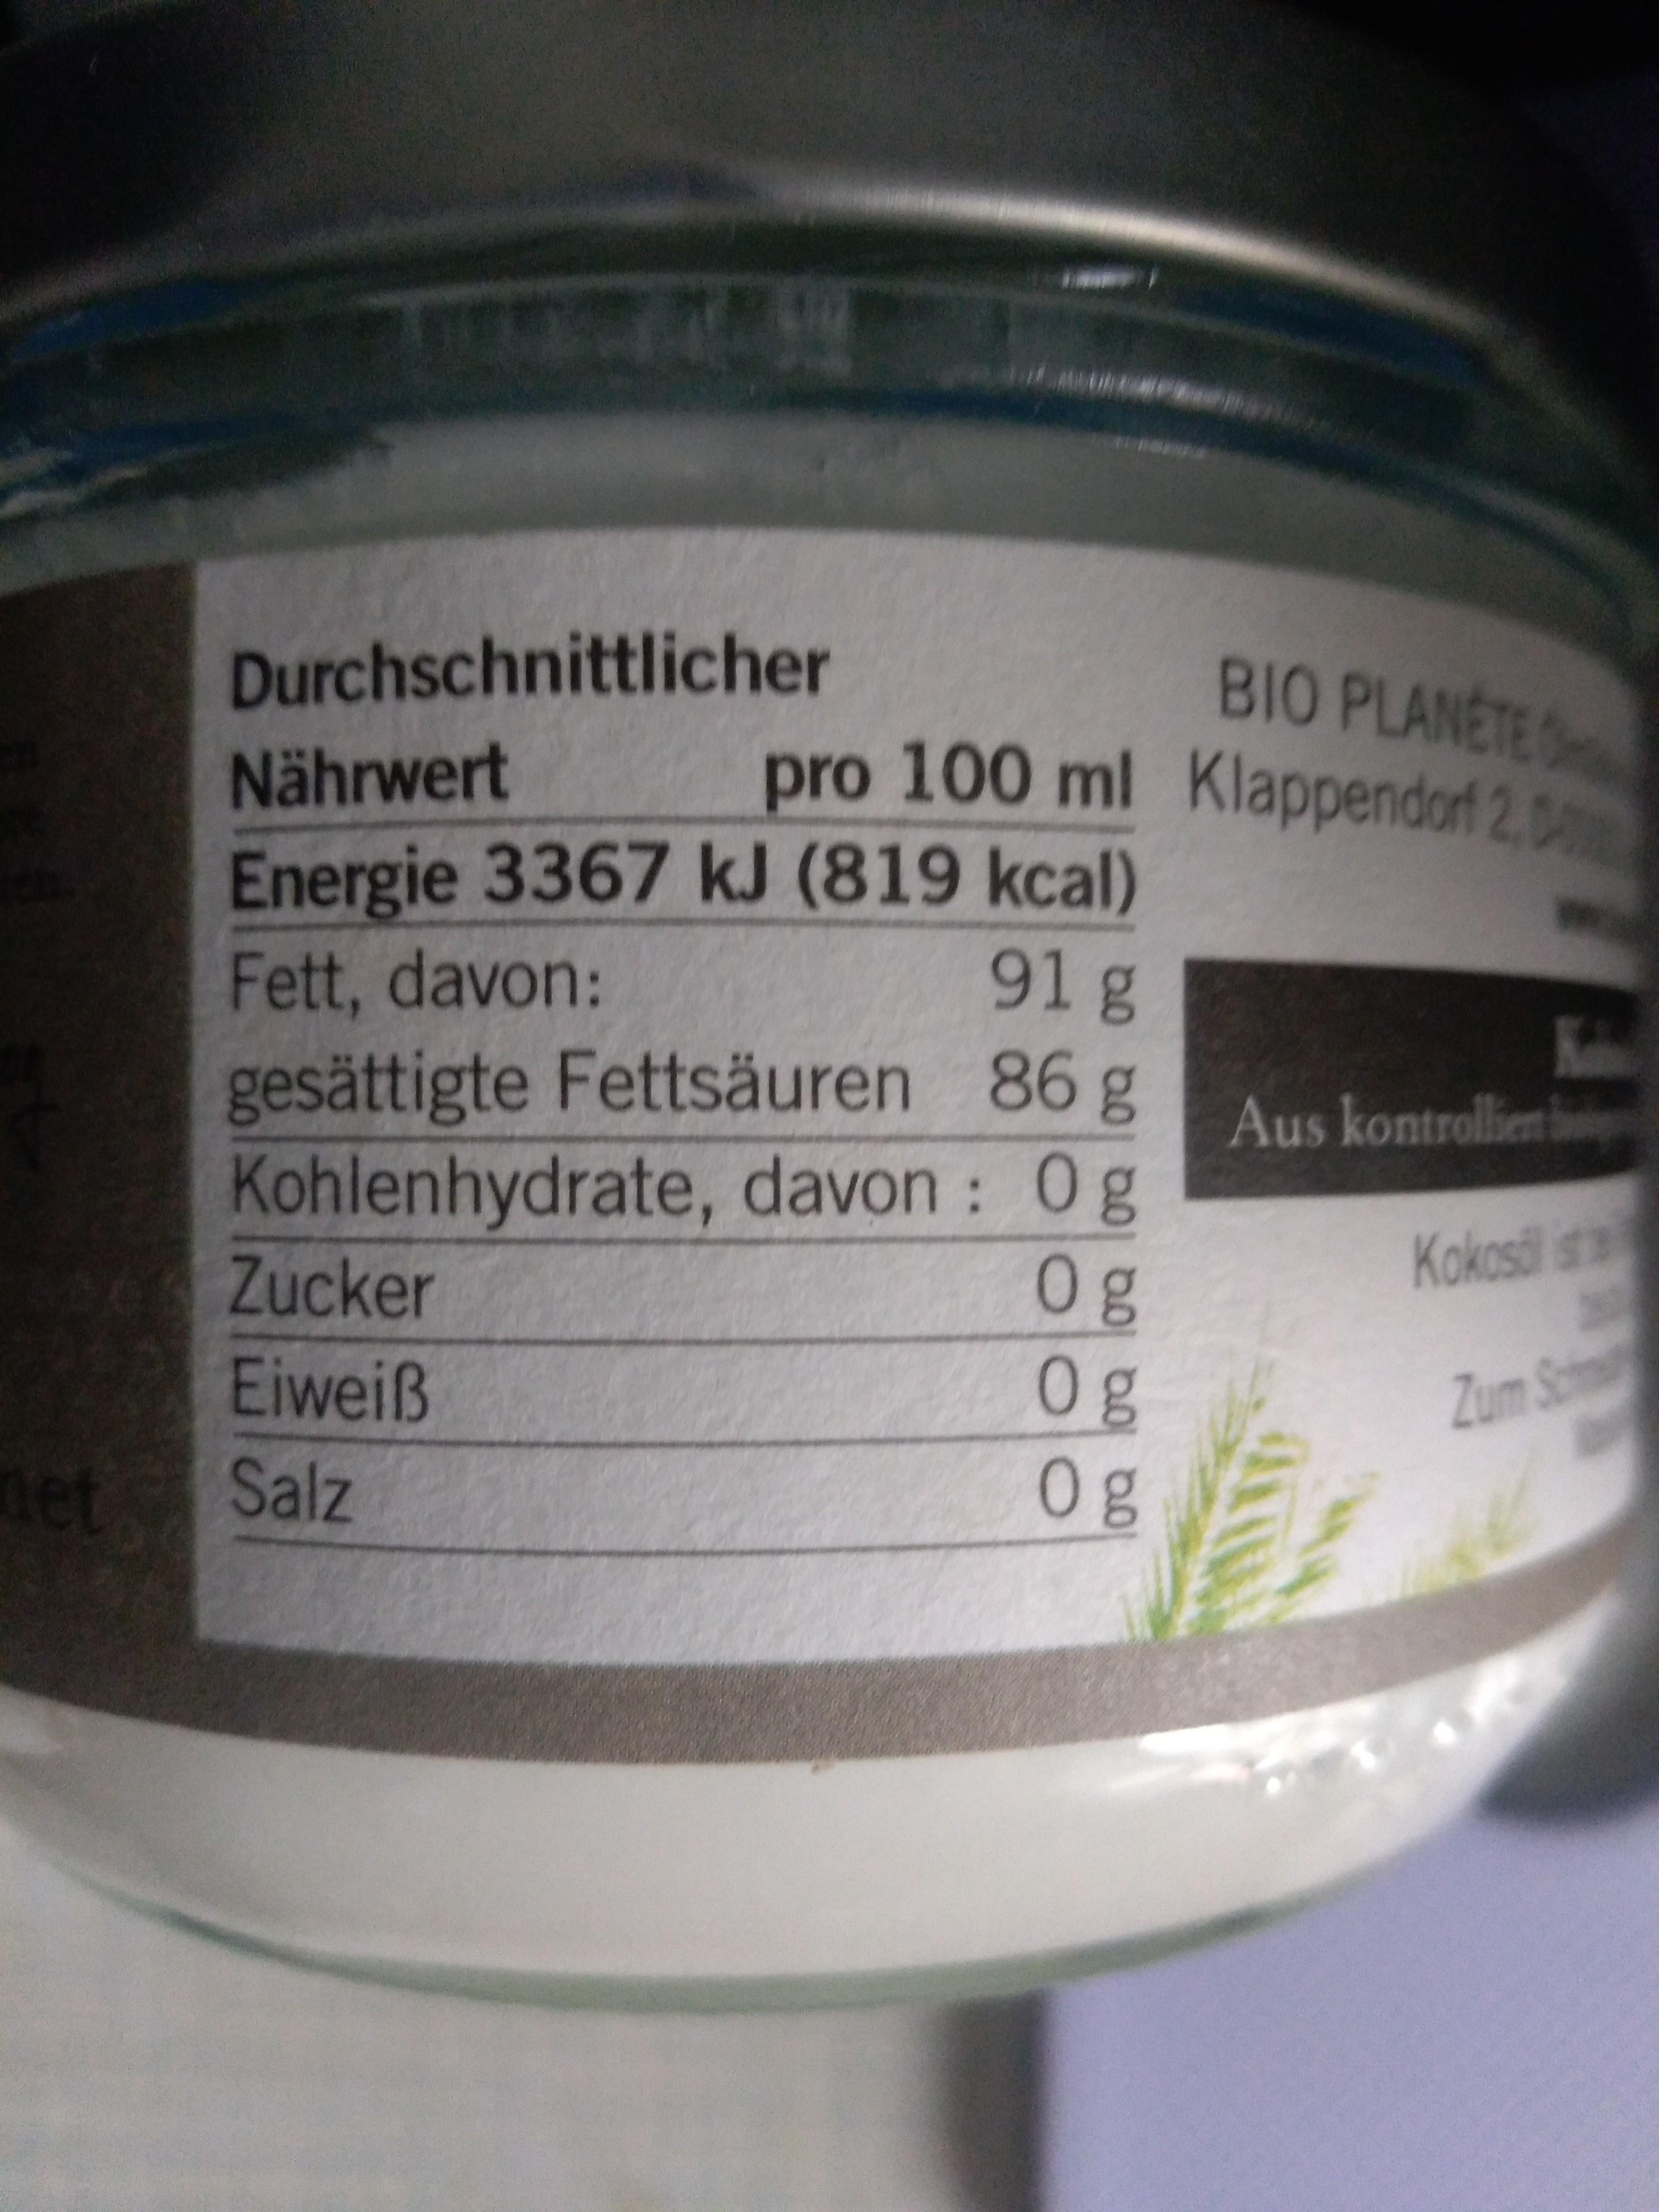
BIO PLANETE pro 100 ml Klappendorf 2,04
Durchschnittlicher
Nährwert
Energie 3367 kJ (819 kcal) 91g
Fett, davon:
Kate Aus kontrollien i
gesättigte Fettsäuren 86 g Kohlenhydrate, davon : 0g 0g 0g 0 g
Zucker
Kokosal st
Eiweiß
Zum Sc
net
Salz